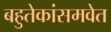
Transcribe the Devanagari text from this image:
बहुतेकांसमवेत